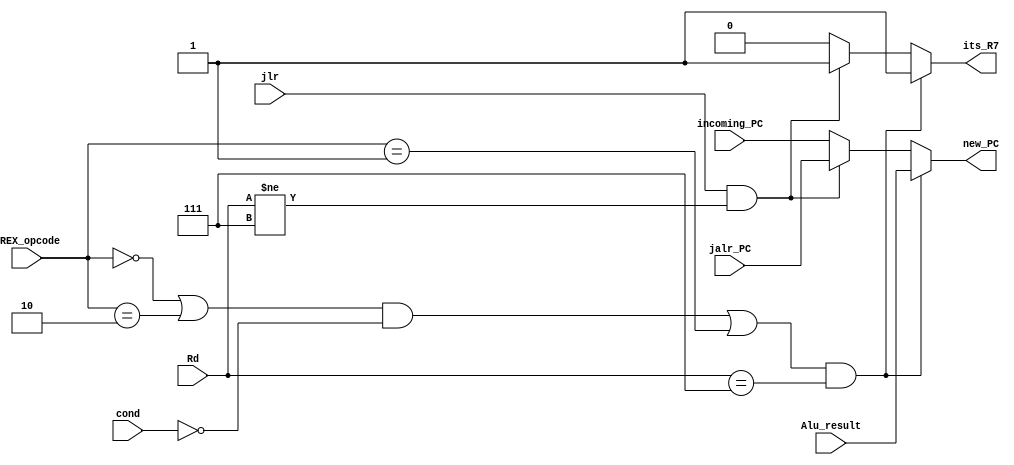
module R7_control_EX(RREX_opcode,jlr,jalr_PC,incoming_PC,cond,Rd,Alu_result,new_PC,its_R7);
		input [3:0] RREX_opcode;
		input [2:0] Rd;
		input [1:0] cond;
		input jlr;
		input [15:0] Alu_result,jalr_PC,incoming_PC;
		output reg [15:0] new_PC;
      output reg its_R7;
		always @(*)
			begin
			   its_R7 = 1'b0;
				new_PC = incoming_PC;
			
						// add              			 ndu                                   	adi
				if((((RREX_opcode==3'b0000 || RREX_opcode==3'b0010) && cond==2'b00) || RREX_opcode==3'b0001) && Rd==3'b111)	
					begin 
						its_R7=1'b1;
		    			new_PC = Alu_result;				
					end				
				else if (jlr && Rd!=3'b111)
						 begin
							new_PC = jalr_PC;
						   its_R7=1'b1;
						 end
				
			end

endmodule